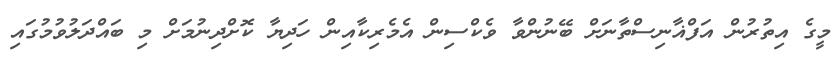
މީގެ އިތުރުން އަފްޣާނިސްތާނަށް ބޭނުންވާ ވެކްސިން އެމެރިކާއިން ހަދިޔާ ކޮށްދިނުމަށް މި ބައްދަލުވުމުގައި